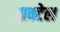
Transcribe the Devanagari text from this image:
आक्टेल